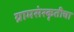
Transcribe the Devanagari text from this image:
ग्रामसंस्कृतीचा